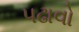
પઢાવો